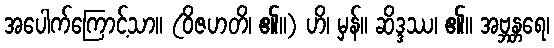
အပေါက်ကြောင့်သာ။ (ဝိဇဟတိ၊ ၏။) ဟိ၊ မှန်။ ဆိဒ္ဒဿ၊ ၏။ အဗ္ဘန္တရေ၊